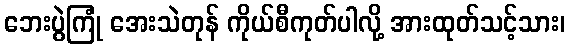
ဘေးပွဲကြုံ အေးသဲတုန် ကိုယ်စီကုတ်ပါလို့ အားထုတ်သင့်သား၊